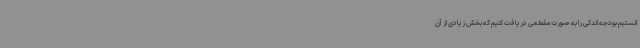
انستیم بودجه اندکی را به صورت مقطعی دریافت کنیم که بخش زیادی از آن